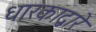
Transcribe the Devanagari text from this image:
धारकाद्वारे